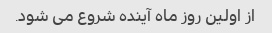
از اولین روز ماه آینده شروع می شود.